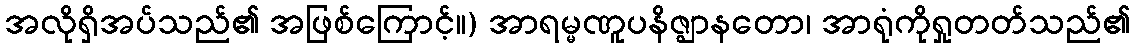
အလိုရှိအပ်သည်၏ အဖြစ်ကြောင့်။) အာရမ္မဏူပနိဇ္ဈာနတော၊ အာရုံကိုရှုတတ်သည်၏